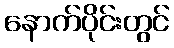
နောက်ပိုင်းတွင်